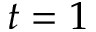
t = 1